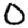
Digit: 0